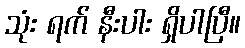
သုံး ရက် နီးပါး ရှိပါပြီ။